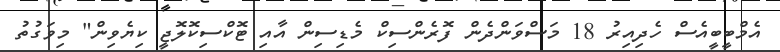
އެމްބީބީއެސް ހެދިއިރު 18 މަސްވަންދެން ފޮރެންސިކް މެޑިސިން އާއި ޓޮކްސިކޮލޮޖީ ކިޔެވިން" މިވަގުތު